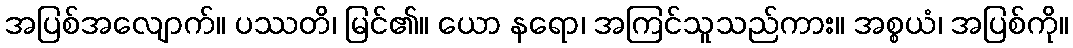
အပြစ်အလျောက်။ ပဿတိ၊ မြင်၏။ ယော နရော၊ အကြင်သူသည်ကား။ အစ္စယံ၊ အပြစ်ကို။